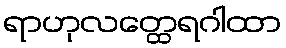
ရာဟုလတ္ထေရဂါထာ